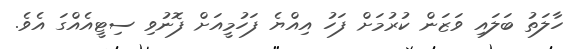
ހާލަތު ބަލައި ވަޒަން ކުރުމަށް ފަހު އިއްޔެ ފަހުމީއަށް ފޮނުވި ސިޓީއެއްގަ އެވެ.